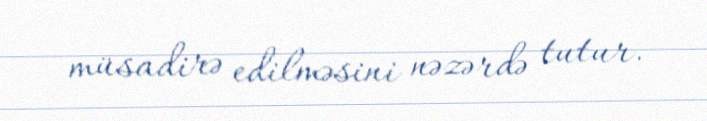
müsadirə edilməsini nəzərdə tutur.